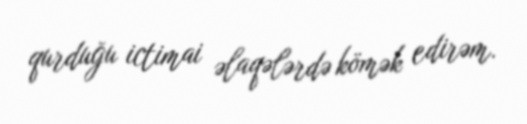
qurduğu ictimai əlaqələrdə kömək edirəm.